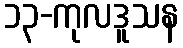
၁၃-ကုလဒူသန